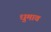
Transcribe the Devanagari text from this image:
धुमाव